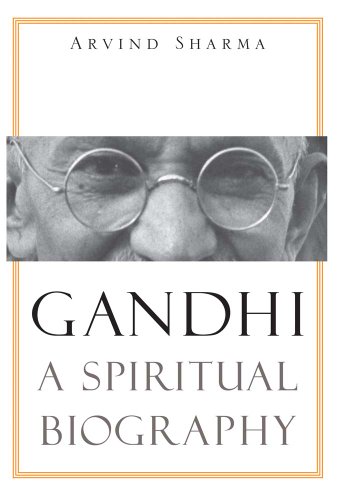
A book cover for Gandhi: A Spiritual Biography; Arvind Sharma; Religion & Spirituality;